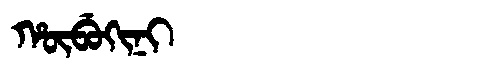
Manchu: ᡥᡡᠪᡠᡴᡳᠨᡳ
Romanization: HŪBUKINI